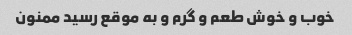
خوب و خوش طعم و گرم و به موقع رسید ممنون